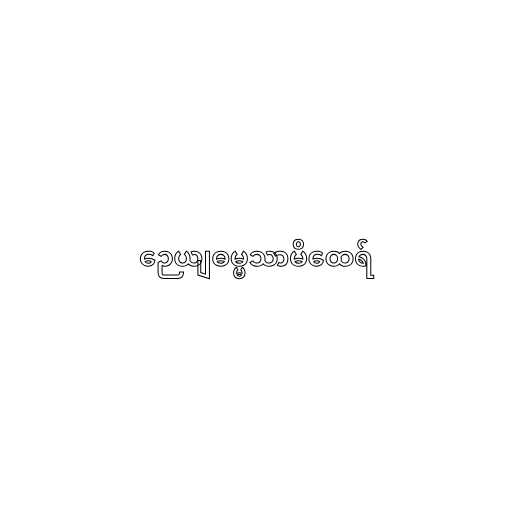
ဉေယျဓမ္မသာမိထေရ်